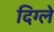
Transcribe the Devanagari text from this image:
दिग्ले